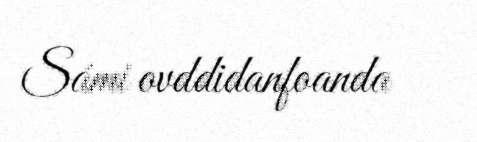
Sámi ovddidanfoanda